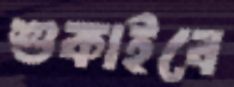
শুকাইবে